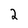
Character: 2